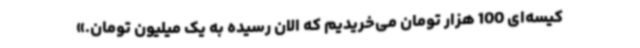
کیسه‌ای 100 هزار تومان می‌خریدیم که الان رسیده به یک میلیون تومان.»